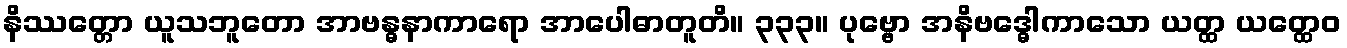
နိဿတ္တော ယူသဘူတော အာဗန္ဓနာကာရော အာပေါဓာတူတိ။ ၃၃၃။ ပုဗ္ဗော အနိဗဒ္ဓေါကာသော ယတ္ထ ယတ္ထေဝ